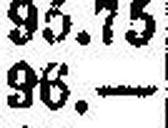
96.—